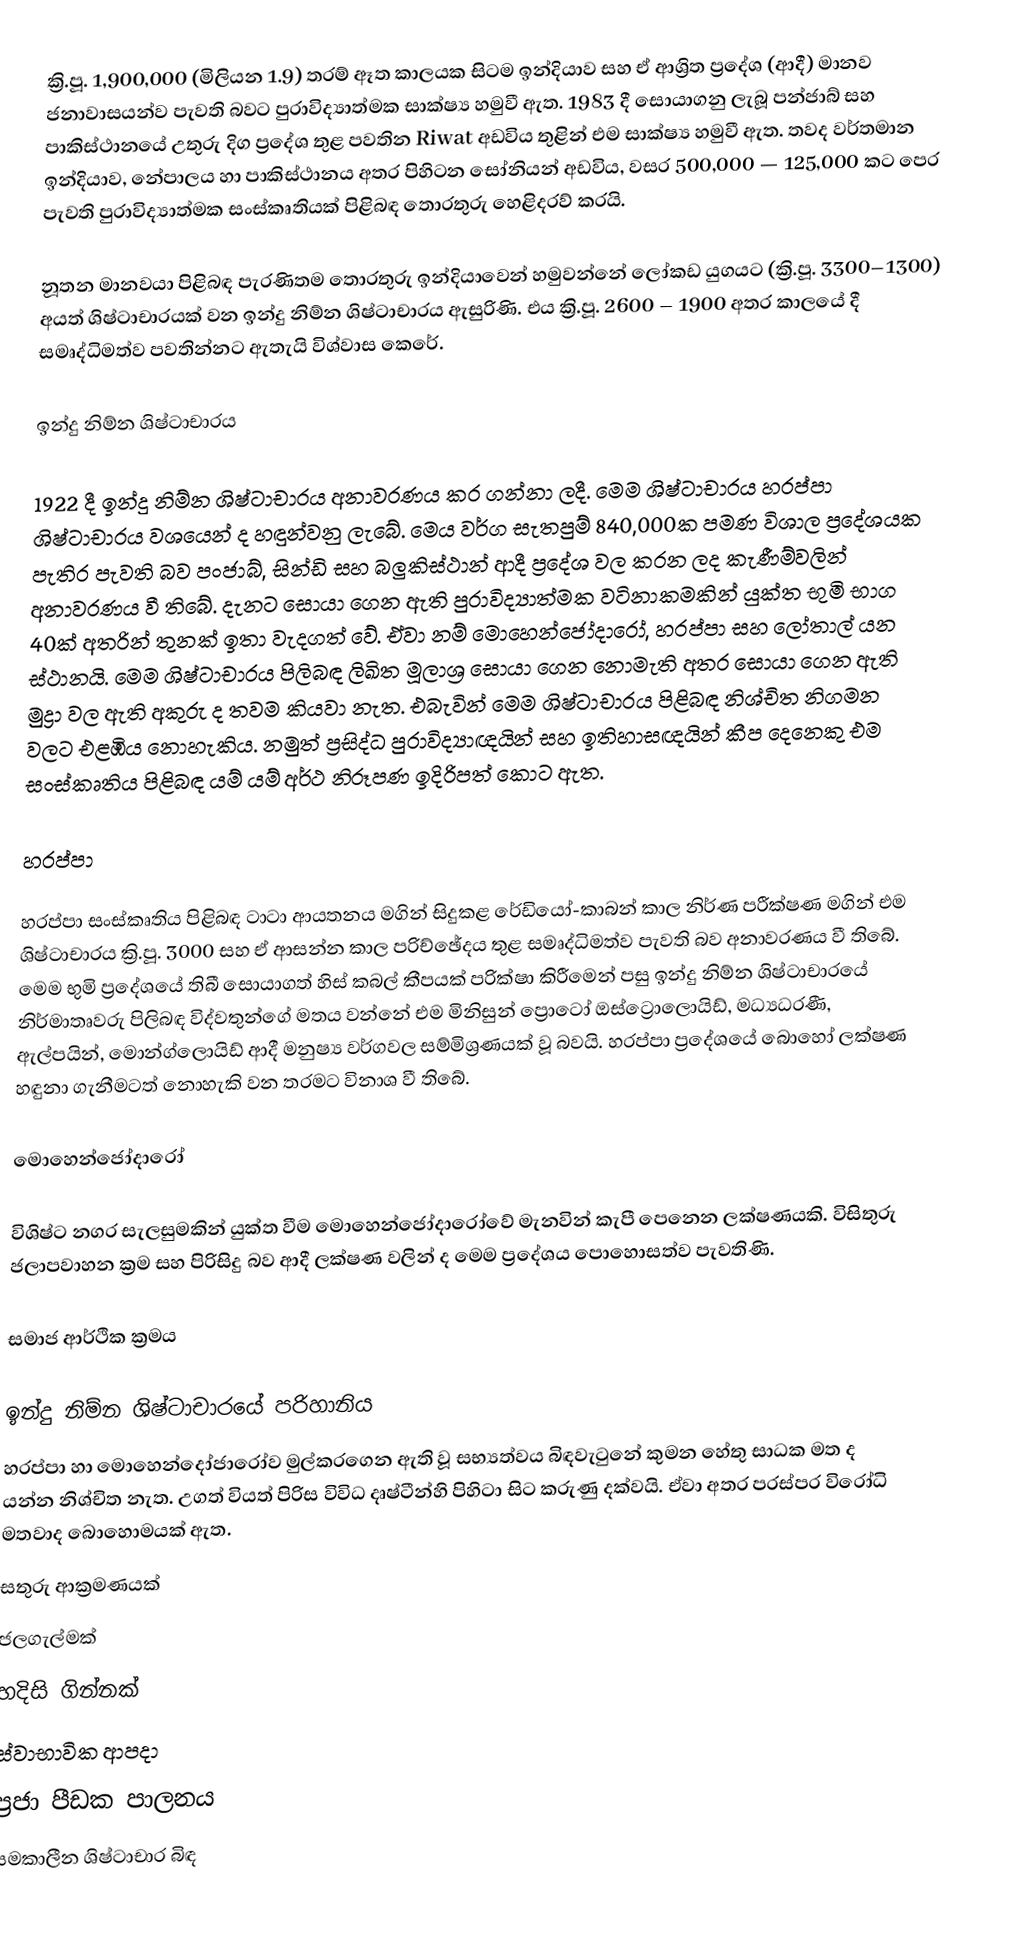
ක්‍රි.පූ. 1,900,000 (මිලියන 1.9) තරම් ඈත කාලයක සිටම ඉන්දියාව සහ ඒ ආශ්‍රිත ප්‍රදේශ (ආදී) මානව ජනාවාසයන්ව පැවති බවට පුරාවිද්‍යාත්මක සාක්ෂ්‍ය හමුවී ඇත. 1983 දී සොයාගනු ලැබූ පන්ජාබ් සහ පාකිස්ථානයේ උතුරු දිග ප්‍රදේශ තුළ පවතින Riwat අඩවිය තුළින් එම සාක්ෂ්‍ය හමුවී ඇත. තවද වර්තමාන ඉන්දියාව, නේපාලය හා පාකිස්ථානය අතර පිහිටන සෝනියන් අඩවිය, වසර 500,000 — 125,000 කට පෙර පැවති පුරාවිද්‍යාත්මක සංස්කෘතියක් පිළිබඳ තොරතුරු හෙළිදරව් කරයි.

නූතන මානවයා පිළිබඳ පැරණිතම තොරතුරු ඉන්දියාවෙන් හමුවන්නේ ලෝකඩ යුගයට (ක්‍රි.පූ. 3300–1300) අයත් ශිෂ්ටාචාරයක් වන ඉන්දු නිම්න ශිෂ්ටාචාරය ඇසුරිණි. එය  ක්‍රි.පූ. 2600 – 1900 අතර කාලයේ දී සමෘද්ධිමත්ව පවතින්නට ඇතැයි විශ්වාස කෙරේ.

ඉන්දු නිම්න ශිෂ්ටාචාරය

1922 දී ඉන්දු නිම්න ශිෂ්ටාචාරය අනාවරණය කර ගන්නා ලදී. මෙම ශිෂ්ටාචාරය හරප්පා ශිෂ්ටාචාරය වශයෙන් ද හඳුන්වනු ලැබේ. මෙය වර්ග සැතපුම් 840,000ක පමණ විශාල ප්‍රදේශයක පැතිර පැවති බව පංජාබ්, සින්ඩි සහ බලුකිස්ථාන් ආදී ප්‍රදේශ වල කරන ලද කැණීම්වලින් අනාවරණය වී තිබේ. දැනට සොයා ගෙන ඇති පුරාවිද්‍යාත්මක වටිනාකමකින් යුක්ත භුමි භාග 40ක් අතරින් තුනක් ඉතා වැදගත් වේ. ඒවා නම් මොහෙන්ජෝදාරෝ, හරප්පා සහ ලෝතාල් යන ස්ථානයි. මෙම ශිෂ්ටාචාරය පිලිබඳ ලිඛිත මූලාශ්‍ර සොයා ගෙන නොමැති අතර සොයා ගෙන ඇති මුද්‍රා වල ඇති අකුරු ද තවම කියවා නැත. එබැවින් මෙම ශිෂ්ටාචාරය පිළිබඳ නිශ්චිත නිගමන වලට එළඹිය නොහැකිය. නමුත් ප්‍රසිද්ධ පුරාවිද්‍යාඥයින් සහ ඉතිහාසඥයින් කීප දෙනෙකු එම සංස්කෘතිය පිළිබඳ යම් යම් අර්ථ නිරූපණ ඉදිරිපත් කොට ඇත.

හරප්පා

හරප්පා සංස්කෘතිය පිළිබඳ ටාටා ආයතනය මගින් සිදුකළ රේඩියෝ-කාබන් කාල නිර්ණ පරීක්ෂණ මගින් එම ශිෂ්ටාචාරය ක්‍රි.පූ. 3000 සහ ඒ ආසන්න කාල පරිච්ඡේදය තුළ සමෘද්ධිමත්ව පැවති බව අනාවරණය වී තිබේ. මෙම භුමි ප්‍රදේශයේ තිබී සොයාගත් හිස් කබල් කීපයක් පරික්ෂා කිරීමෙන් පසු ඉන්දු නිම්න ශිෂ්ටාචාරයේ නිර්මාතෘවරු පිලිබඳ විද්වතුන්ගේ මතය වන්නේ එම මිනිසුන් ප්‍රොටෝ ඔස්ට්‍රොලොයිඩ්, මධ්‍යධරණී, ඇල්පයින්, මොන්ග්ලොයිඩ් ආදී මනුෂ්‍ය වර්ගවල සම්මිශ්‍රණයක් වූ බවයි. හරප්පා ප්‍රදේශයේ බොහෝ ලක්ෂණ හඳුනා ගැනීමටත් නොහැකි වන තරමට විනාශ වී තිබේ.

මොහෙන්ජෝදාරෝ

විශිෂ්ට නගර සැලසුමකින් යුක්ත වීම මොහෙන්ජෝදාරෝවේ මැනවින් කැපී පෙනෙන ලක්ෂණයකි. විසිතුරු ජලාපවාහන ක්‍රම සහ පිරිසිදු බව ආදී ලක්ෂණ වලින් ද මෙම ප්‍රදේශය පොහොසත්ව පැවතිණි.

සමාජ ආර්ථික ක්‍රමය

ඉන්දු නිම්න ශිෂ්ටාචාරයේ පරිහානිය
හරප්පා හා මොහෙන්දෝජාරෝව මුල්කරගෙන ඇති වූ සභ්‍යත්වය බිඳවැටුනේ කුමන හේතු සාධක මත ද යන්න නිශ්චිත නැත. උගත් වියත් පිරිස විවිධ දෘෂ්ටීන්හි පිහිටා සිට කරුණු දක්‌වයි. ඒවා අතර පරස්‌පර විරෝධි මතවාද බොහොමයක්‌ ඇත.
සතුරු ආක්‍රමණයක්
ජලගැල්මක්
හදිසි ගින්නක්
ස්වාභාවික ආපදා
ප්‍රජා පීඩක පාලනය
සමකාලීන ශිෂ්ටාචාර බිඳ